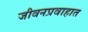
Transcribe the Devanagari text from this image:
जीवनप्रवाहात